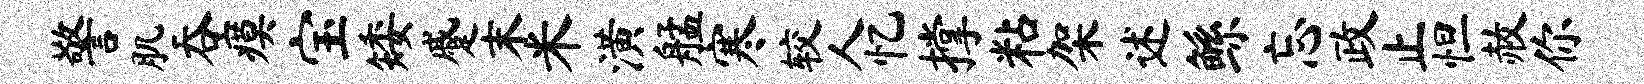
警肌吞瘼宝矮蹙末米潢艋寒较人忆撑粘架述鲧忘政止怛赦你